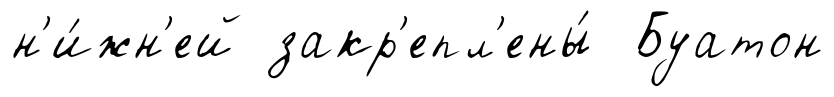
н'и́жн'ей закр'епл'ены́ Буатон